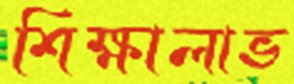
শিক্ষালাভ